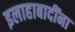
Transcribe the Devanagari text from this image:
इलाहाबादींना